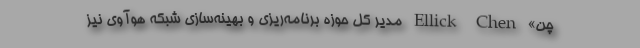
چن» Ellick Chen مدیر کل حوزه برنامه‌ریزی و بهینه‌سازی شبکه هوآوی نیز